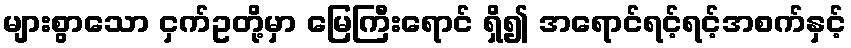
များစွာသော ငှက်ဥတို့မှာ မြေကြီးရောင် ရှိ၍ အရောင်ရင့်ရင့်အစက်နှင့်